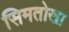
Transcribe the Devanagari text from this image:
सिमतोखा